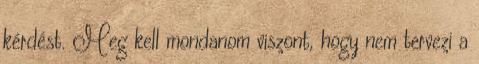
kérdést. Meg kell mondanom viszont, hogy nem tervezi a